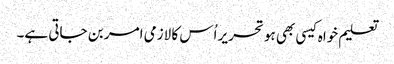
تعلیم خواہ کیسی بھی ہو تحریر اُس کا لازمی امر بن جاتی ہے۔